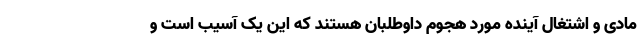
مادی و اشتغال آینده مورد هجوم داوطلبان هستند که این یک آسیب است و